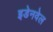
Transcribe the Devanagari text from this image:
इडेनवेल